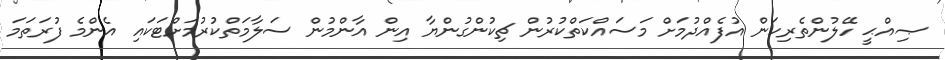
ޞިއްޙީ ހޭލުންތެރިކަން އުފެއްދުމަށް މަސައްކަތްކުރުން ޗިކުންގުންޔާ އިން އާންމުން ސަލާމަތްކުރުމަށްޓަކައި އެންމެ ފުރަތަމަ